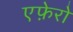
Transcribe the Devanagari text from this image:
एफ़ेरो